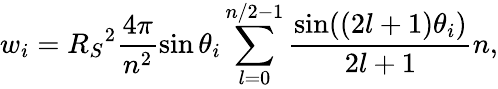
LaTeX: {w_{i}}={R_{S}}^{2}\frac{{4\pi}}{{{n^{2}}}}\sin{\theta_{i}}\sum_{l=0}^{n/2-1}{\frac{{\sin((2l+1){\theta_{i}})}}{{2l+1}}}n,